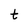
Character: t